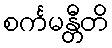
စင်္ကမန္တီတိ